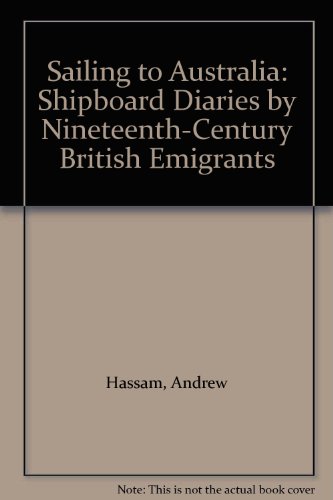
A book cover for Sailing to Australia: Shipboard Diaries by Nineteenth-Century British Emigrants; Andrew Hassam; Biographies & Memoirs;